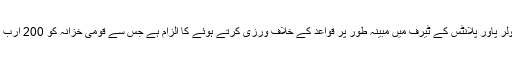
ملزمان پر مبینہ طور پر نرخوں میں سولر پاور پلانٹس کے ٹیرف میں مبینہ طور پر قواعد کے خلاف ورزی کرتے ہوئے کا الزام ہے جس سے قومی خزانہ کو 200 ارب روپے سالانہ سے زائد کا نقصان پہنچا۔